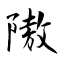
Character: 隞